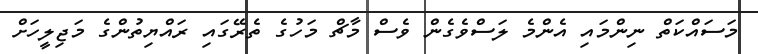
މަސައްކަތް ނިންމައި އެންމެ ލަސްވެގެން ވެސް މާޗް މަހުގެ ތެރޭގައި ރައްޔިތުންގެ މަޖިލީހަށް